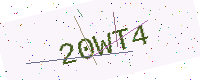
Text: 20WT4